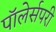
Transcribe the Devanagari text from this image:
पॉलेर्सपरी